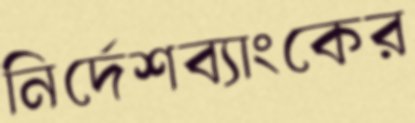
নির্দেশব্যাংকের